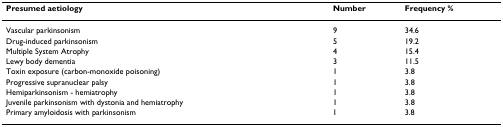
<table><thead><tr><td><b>Presumed aetiology</b></td><td><b>Number</b></td><td><b>Frequency %</b></td></tr></thead><tbody><tr><td>Vascular parkinsonism</td><td>9</td><td>34.6</td></tr><tr><td>Drug-induced parkinsonism</td><td>5</td><td>19.2</td></tr><tr><td>Multiple System Atrophy</td><td>4</td><td>15.4</td></tr><tr><td>Lewy body dementia</td><td>3</td><td>11.5</td></tr><tr><td>Toxin exposure (carbon-monoxide poisoning)</td><td>1</td><td>3.8</td></tr><tr><td>Progressive supranuclear palsy</td><td>1</td><td>3.8</td></tr><tr><td>Hemiparkinsonism - hemiatrophy</td><td>1</td><td>3.8</td></tr><tr><td>Juvenile parkinsonism with dystonia and hemiatrophy</td><td>1</td><td>3.8</td></tr><tr><td>Primary amyloidosis with parkinsonism</td><td>1</td><td>3.8</td></tr></tbody></table>